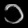
Digit: ၁